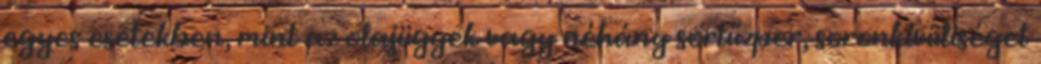
egyes esetekben, mint az olajügyek vagy néhány sortűzper, soronkívüliséget